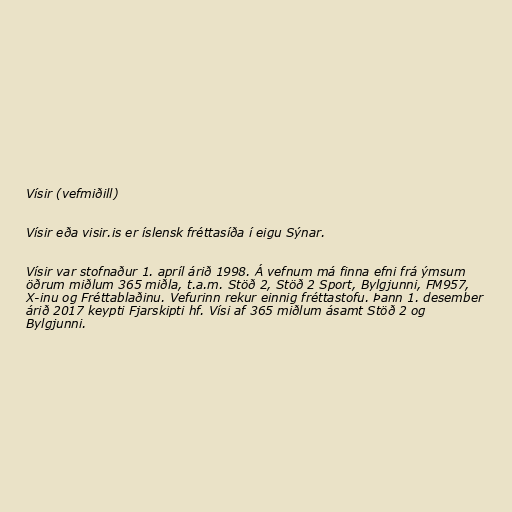
Vísir (vefmiðill)

Vísir eða visir.is er íslensk fréttasíða í eigu Sýnar.

Vísir var stofnaður 1. apríl árið 1998. Á vefnum má finna efni frá ýmsum
öðrum miðlum 365 miðla, t.a.m. Stöð 2, Stöð 2 Sport, Bylgjunni, FM957,
X-inu og Fréttablaðinu. Vefurinn rekur einnig fréttastofu. Þann 1. desember
árið 2017 keypti Fjarskipti hf. Vísi af 365 miðlum ásamt Stöð 2 og
Bylgjunni.